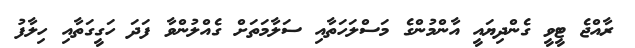
ރާއްޖެ ޓީވީ ގެންދިޔައީ އާންމުންގެ މަސްލަހަތާއި ސަލާމަތަށް ގެއްލުންވާ ފަދަ ހަގީގަތާއި ހިލާފު